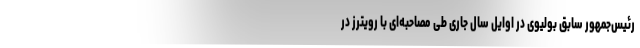
رئیس‌جمهور سابق بولیوی در اوایل سال جاری طی مصاحبه‌ای با رویترز در